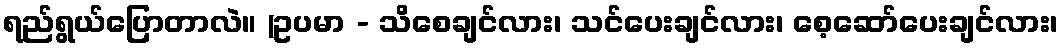
ရည်ရွယ်ပြောတာလဲ။ (ဥပမာ - သိစေချင်လား၊ သင်ပေးချင်လား၊ စေ့ဆော်ပေးချင်လား၊